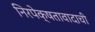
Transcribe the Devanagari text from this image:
निरपेक्षतावादाची